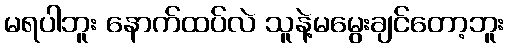
မရပါဘူး နောက်ထပ်လဲ သူနဲ့မမွေးချင်တော့ဘူး